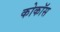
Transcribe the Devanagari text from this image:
कोकॉस